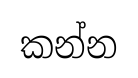
කන්න